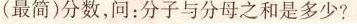
(最简)分数，问：分子与分母之和是多少?